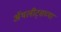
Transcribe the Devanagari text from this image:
ॲथलीट्सच्या